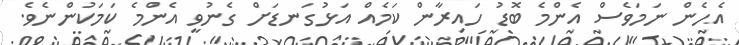
އެހެން ނަމަވެސް އެންމެ ބޮޑު ހައިރާން ކަމެއް އަޅުގަނޑަށް ގެނުވީ އެންމެ ކަމަކުންނެވެ.